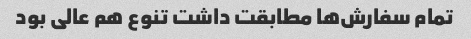
تمام سفارش‌ها مطابقت داشت تنوع هم عالی بود